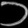
Digit: ၁